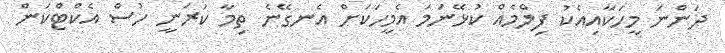
ދަންނަ މީހަކާއިއެކު ފިލްމެއް ކުޅޭނަމަ އެމީހަކަށް އެނގޭނެ ތިމާ ކުރަނީ ހުސް އެކްޓްކަން